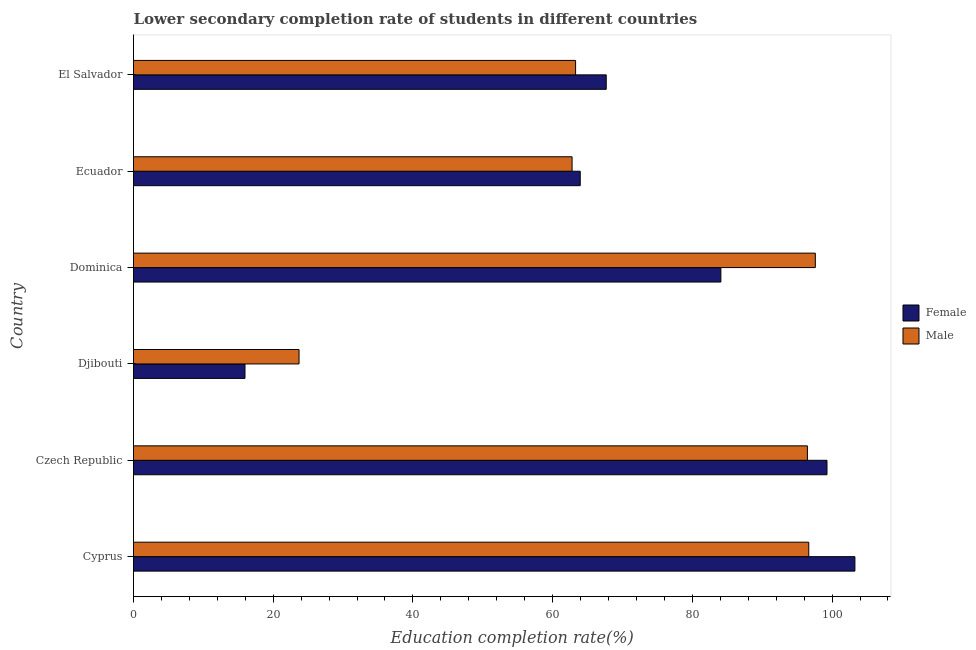
| Country | Female | Male |
 | --- | --- | --- |
 | Cyprus | 103 | 96.7 |
 | Czech Republic | 99.3 | 96.5 |
 | Djibouti | 16 | 23.7 |
 | Dominica | 84.1 | 97.6 |
 | Ecuador | 64 | 62.8 |
 | El Salvador | 67.7 | 63.3 |